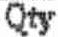
QTY